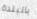
بالبلدة